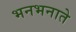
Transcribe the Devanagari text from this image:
भनभनाते